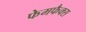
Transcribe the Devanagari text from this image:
फेमफैक्स